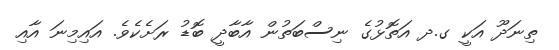
ތިނަދޫ އަކީ ގ.ދ އަތޮޅުގެ ނިސްބަތުން އާބާދީ ބޮޑު ރަށެކެވެ. އައިމިނަ އާއި